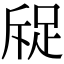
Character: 䟟